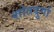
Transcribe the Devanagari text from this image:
शांतदुर्गा